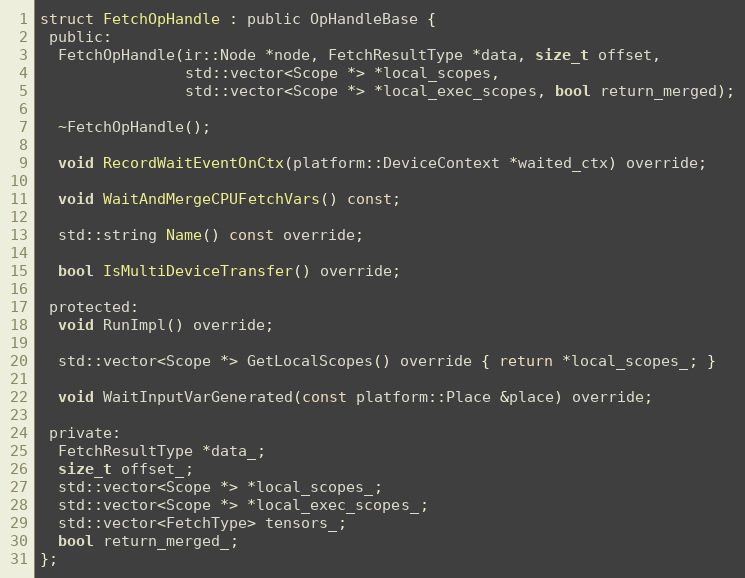
Language: C
struct FetchOpHandle : public OpHandleBase {
 public:
  FetchOpHandle(ir::Node *node, FetchResultType *data, size_t offset,
                std::vector<Scope *> *local_scopes,
                std::vector<Scope *> *local_exec_scopes, bool return_merged);

  ~FetchOpHandle();

  void RecordWaitEventOnCtx(platform::DeviceContext *waited_ctx) override;

  void WaitAndMergeCPUFetchVars() const;

  std::string Name() const override;

  bool IsMultiDeviceTransfer() override;

 protected:
  void RunImpl() override;

  std::vector<Scope *> GetLocalScopes() override { return *local_scopes_; }

  void WaitInputVarGenerated(const platform::Place &place) override;

 private:
  FetchResultType *data_;
  size_t offset_;
  std::vector<Scope *> *local_scopes_;
  std::vector<Scope *> *local_exec_scopes_;
  std::vector<FetchType> tensors_;
  bool return_merged_;
};